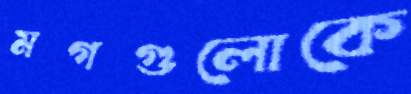
মগগুলোকে